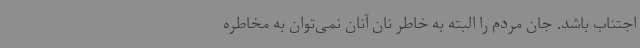
اجتناب باشد. جان مردم را البته به خاطر نان آنان نمی‌توان به مخاطره